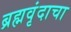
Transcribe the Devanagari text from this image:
ब्रह्मवृंदाचा